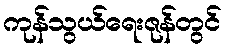
ကုန်သွယ်ရေးဇုန်တွင်